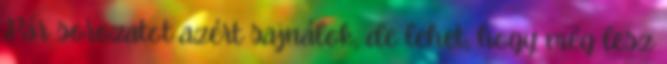
Pár sorozatot azért sajnálok, de lehet, hogy még lesz